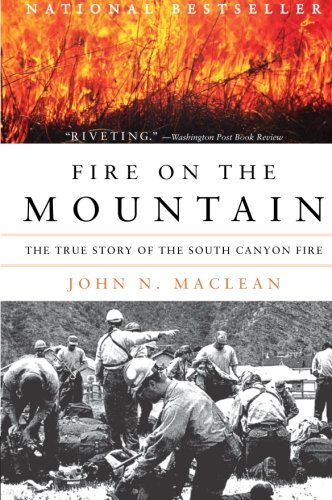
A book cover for Fire on the Mountain: The True Story of the South Canyon Fire; John N. Maclean; Science & Math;